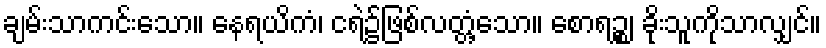
ချမ်းသာကင်းသော။ နေရယိကံ၊ ငရဲ၌ဖြစ်လတ္တံ့သော။ စောရဉ္စ၊ ခိုးသူကိုသာလျှင်။